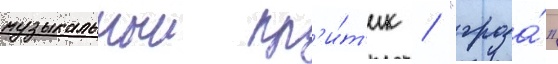
музыкальныи кр'и́т'ик / "гроза́"